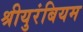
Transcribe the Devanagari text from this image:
श्रीयुरंबियम